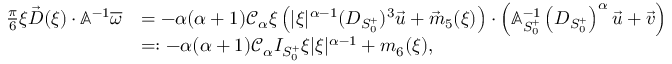
\begin{array} { r l } { \frac { \pi } 6 \xi \vec { D } ( \xi ) \cdot \mathbb { A } ^ { - 1 } \overline { { \omega } } } & { = - { \alpha ( \alpha + 1 ) \mathcal { C } _ { \alpha } } \xi \left( | \xi | ^ { \alpha - 1 } ( D _ { S _ { 0 } ^ { + } } ) ^ { 3 } \vec { u } + \vec { m } _ { 5 } ( \xi ) \right) \cdot \left( \mathbb { A } _ { S _ { 0 } ^ { + } } ^ { - 1 } \left( D _ { S _ { 0 } ^ { + } } \right) ^ { \alpha } \vec { u } + \vec { v } \right) } \\ & { = : - \alpha ( \alpha + 1 ) \mathcal { C } _ { \alpha } I _ { S _ { 0 } ^ { + } } \xi | \xi | ^ { \alpha - 1 } + m _ { 6 } ( \xi ) , } \end{array}